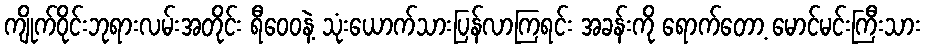
ကျိုက်ဝိုင်းဘုရားလမ်းအတိုင်း ရီဝေဝနဲ့ သုံးယောက်သားပြန်လာကြရင်း အခန်းကို ရောက်တော့ မောင်မင်းကြီးသား